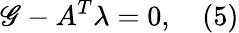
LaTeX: \mathscr{G}-A^{T}\lambda=0,\quad(5)